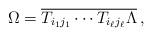
LaTeX: \begin{align*}\Omega = \overline{T_{i_1 j_1} \cdots T_{i_\ell j_\ell} \Lambda} \, ,\end{align*}